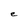
Character: e